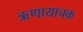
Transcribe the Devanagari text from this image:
ऋणायाचक